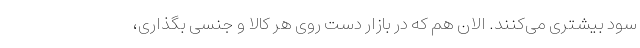
سود بیشتری می‌کنند. الان هم که در بازار دست روی هر کالا و جنسی بگذاری،